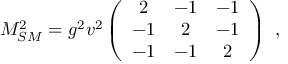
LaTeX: M _ { S M } ^ { 2 } = g ^ { 2 } v ^ { 2 } \left( \begin{array} { c c c } { { 2 } } & { { - 1 } } & { { - 1 } } \\ { { - 1 } } & { { 2 } } & { { - 1 } } \\ { { - 1 } } & { { - 1 } } & { { 2 } } \end{array} \right) ~ , ~ \,